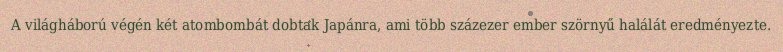
A világháború végén két atombombát dobtak Japánra, ami több százezer ember szörnyű halálát eredményezte.